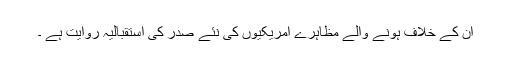
ان کے خلاف ہونے والے مظاہرے امریکیوں کی نئے صدر کی استقبالیہ روایت ہے ۔